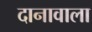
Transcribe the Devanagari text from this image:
दानावाला